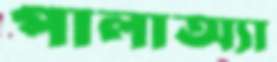
পালাঅ্যা